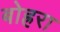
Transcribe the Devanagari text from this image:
बोह्ररा